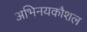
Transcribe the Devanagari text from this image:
अभिनयकौशल